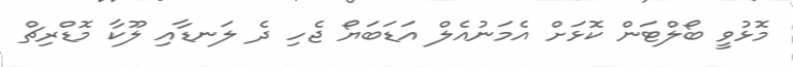
މޮޅުވީ ބޯލްޓަން ކޮޅަށް އެމަނުއެލް އަޑަބަޔޯ ޖެހި ދެ ލަނޑާއި ލޫކާ މޮޑްރިޗް